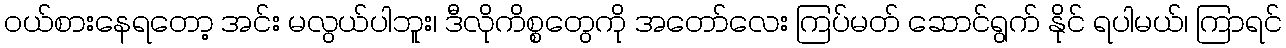
ဝယ်စားနေရတော့ အင်း မလွယ်ပါဘူး၊ ဒီလိုကိစ္စတွေကို အတော်လေး ကြပ်မတ် ဆောင်ရွက် နိုင် ရပါမယ်၊ ကြာရင်